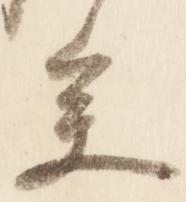
参